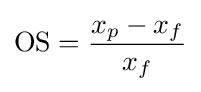
\mathrm {OS} ={\frac {x_{p}-x_{f}}{x_{f}}}